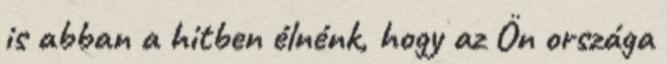
is abban a hitben élnénk, hogy az Ön országa